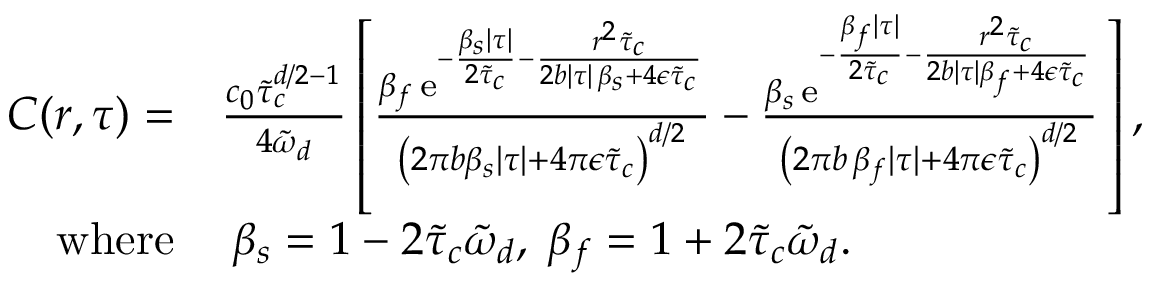
\begin{array} { r l } { C ( r , \tau ) = } & { \frac { c _ { 0 } \tilde { \tau } _ { c } ^ { d / 2 - 1 } } { 4 \tilde { \omega } _ { d } } \left[ \frac { \beta _ { f } \, \mathrm { e } ^ { - \frac { \beta _ { s } \lvert \tau \rvert } { 2 \tilde { \tau } _ { c } } - \frac { r ^ { 2 } \tilde { \tau } _ { c } } { 2 b \lvert \tau \rvert \, \beta _ { s } + 4 \epsilon \tilde { \tau } _ { c } } } } { \left( 2 \pi b \beta _ { s } \lvert \tau \rvert + 4 \pi \epsilon \tilde { \tau } _ { c } \right) ^ { d / 2 } } - \frac { \beta _ { s } \, \mathrm { e } ^ { - \frac { \beta _ { f } \lvert \tau \rvert } { 2 \tilde { \tau } _ { c } } - \frac { r ^ { 2 } \tilde { \tau } _ { c } } { 2 b \lvert \tau \rvert \beta _ { f } + 4 \epsilon \tilde { \tau } _ { c } } } } { \left( 2 \pi b \, \beta _ { f } \lvert \tau \rvert + 4 \pi \epsilon \tilde { \tau } _ { c } \right) ^ { d / 2 } } \, \right] , } \\ { \mathrm { w h e r e } } & { \; \beta _ { s } = 1 - 2 \tilde { \tau } _ { c } \tilde { \omega } _ { d } , \; \beta _ { f } = 1 + 2 \tilde { \tau } _ { c } \tilde { \omega } _ { d } . } \end{array}